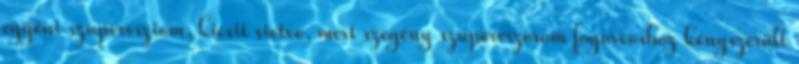
egyéni szupervízióm, kicsit sietve, mert szegény szupervízorom fogorvoshoz kényszerült